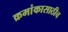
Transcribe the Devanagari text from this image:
क्रमांकासाठीच